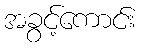
အခွင့်ကောင်း